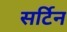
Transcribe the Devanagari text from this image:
सर्टिन